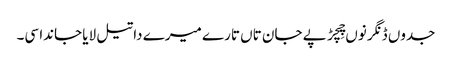
جدوں ڈنگر نوں چِچڑ پے جان تاں تارے میرے دا تیل لایا جاندا سی۔